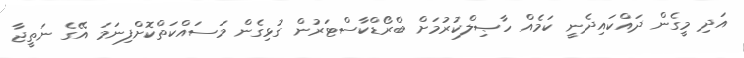
އަދި މީގެން ދައްކައިދެނީ ކަމެއް ހާޞިލްކުރުމަށް ބްރޯޑްކާސްޓަރުން ގުޅިގެން މަސައްކަތްކޮށްފިނަމަ އޭގެ ނަތީޖާ